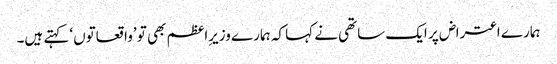
ہمارے اعتراض پر ایک ساتھی نے کہا کہ ہمارے وزیرِاعظم بھی تو ’واقعاتوں‘ کہتے ہیں۔